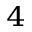
^ 4